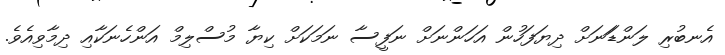
އެނބުރި ލަންޑަަނަށް ދިޔަފަހުން އަހަންނަށް ނަފީސާ ނަމަކަށް ކިޔާ މުސްލިމް އަންހެނަކާއި ދިމާވިއެވެ.